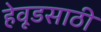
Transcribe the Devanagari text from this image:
हेवूडसाठी